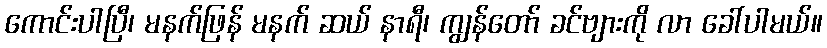
ကောင်းပါပြီ၊ မနက်ဖြန် မနက် ဆယ် နာရီ၊ ကျွန်တော် ခင်ဗျားကို လာ ခေါ်ပါမယ်။